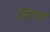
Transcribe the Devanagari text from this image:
सिध्य